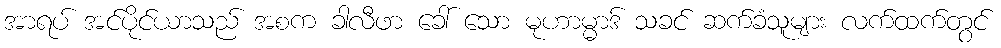
အာရပ် အင်ပိုင်ယာသည် အစက ခါလီဖာ ခေါ် သော မုဟာမ္မာဒ် သခင် ဆက်ခံသူများ လက်ထက်တွင်